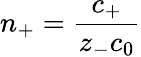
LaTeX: n_{+}=\frac{c_{+}}{z_{-}c_{0}}